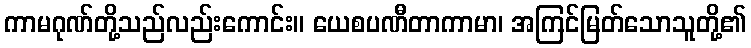
ကာမဂုဏ်တို့သည်လည်းကောင်း။ ယေစပဏီတာကာမာ၊ အကြင်မြတ်သောသူတို့၏